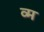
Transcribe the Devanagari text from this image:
व्म